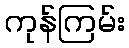
ကုန်ကြမ်း